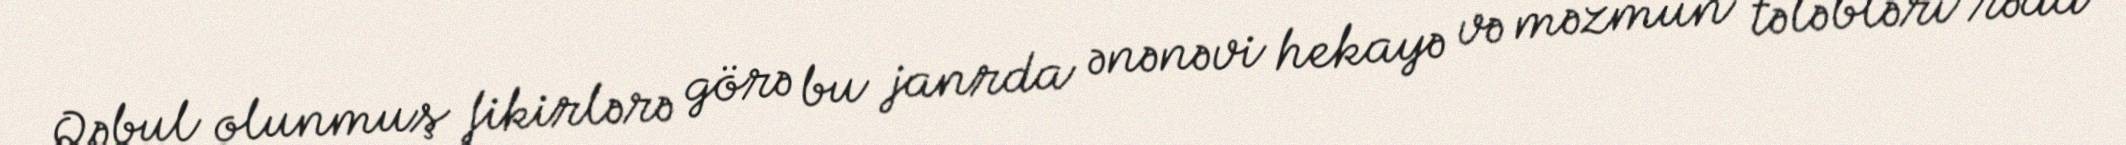
Qəbul olunmuş fikirlərə görə bu janrda ənənəvi hekayə və məzmun tələbləri rədd